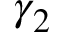
\gamma _ { 2 }